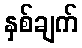
နှစ်ချက်